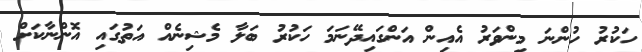
ހަކުރު ހުންނަ މިންވަރު އެއިން އަންގައިދޭނަމަ ހަކުރު ބަލާ މެޝިނެއް އަތުގައި އޮންނާކަށް